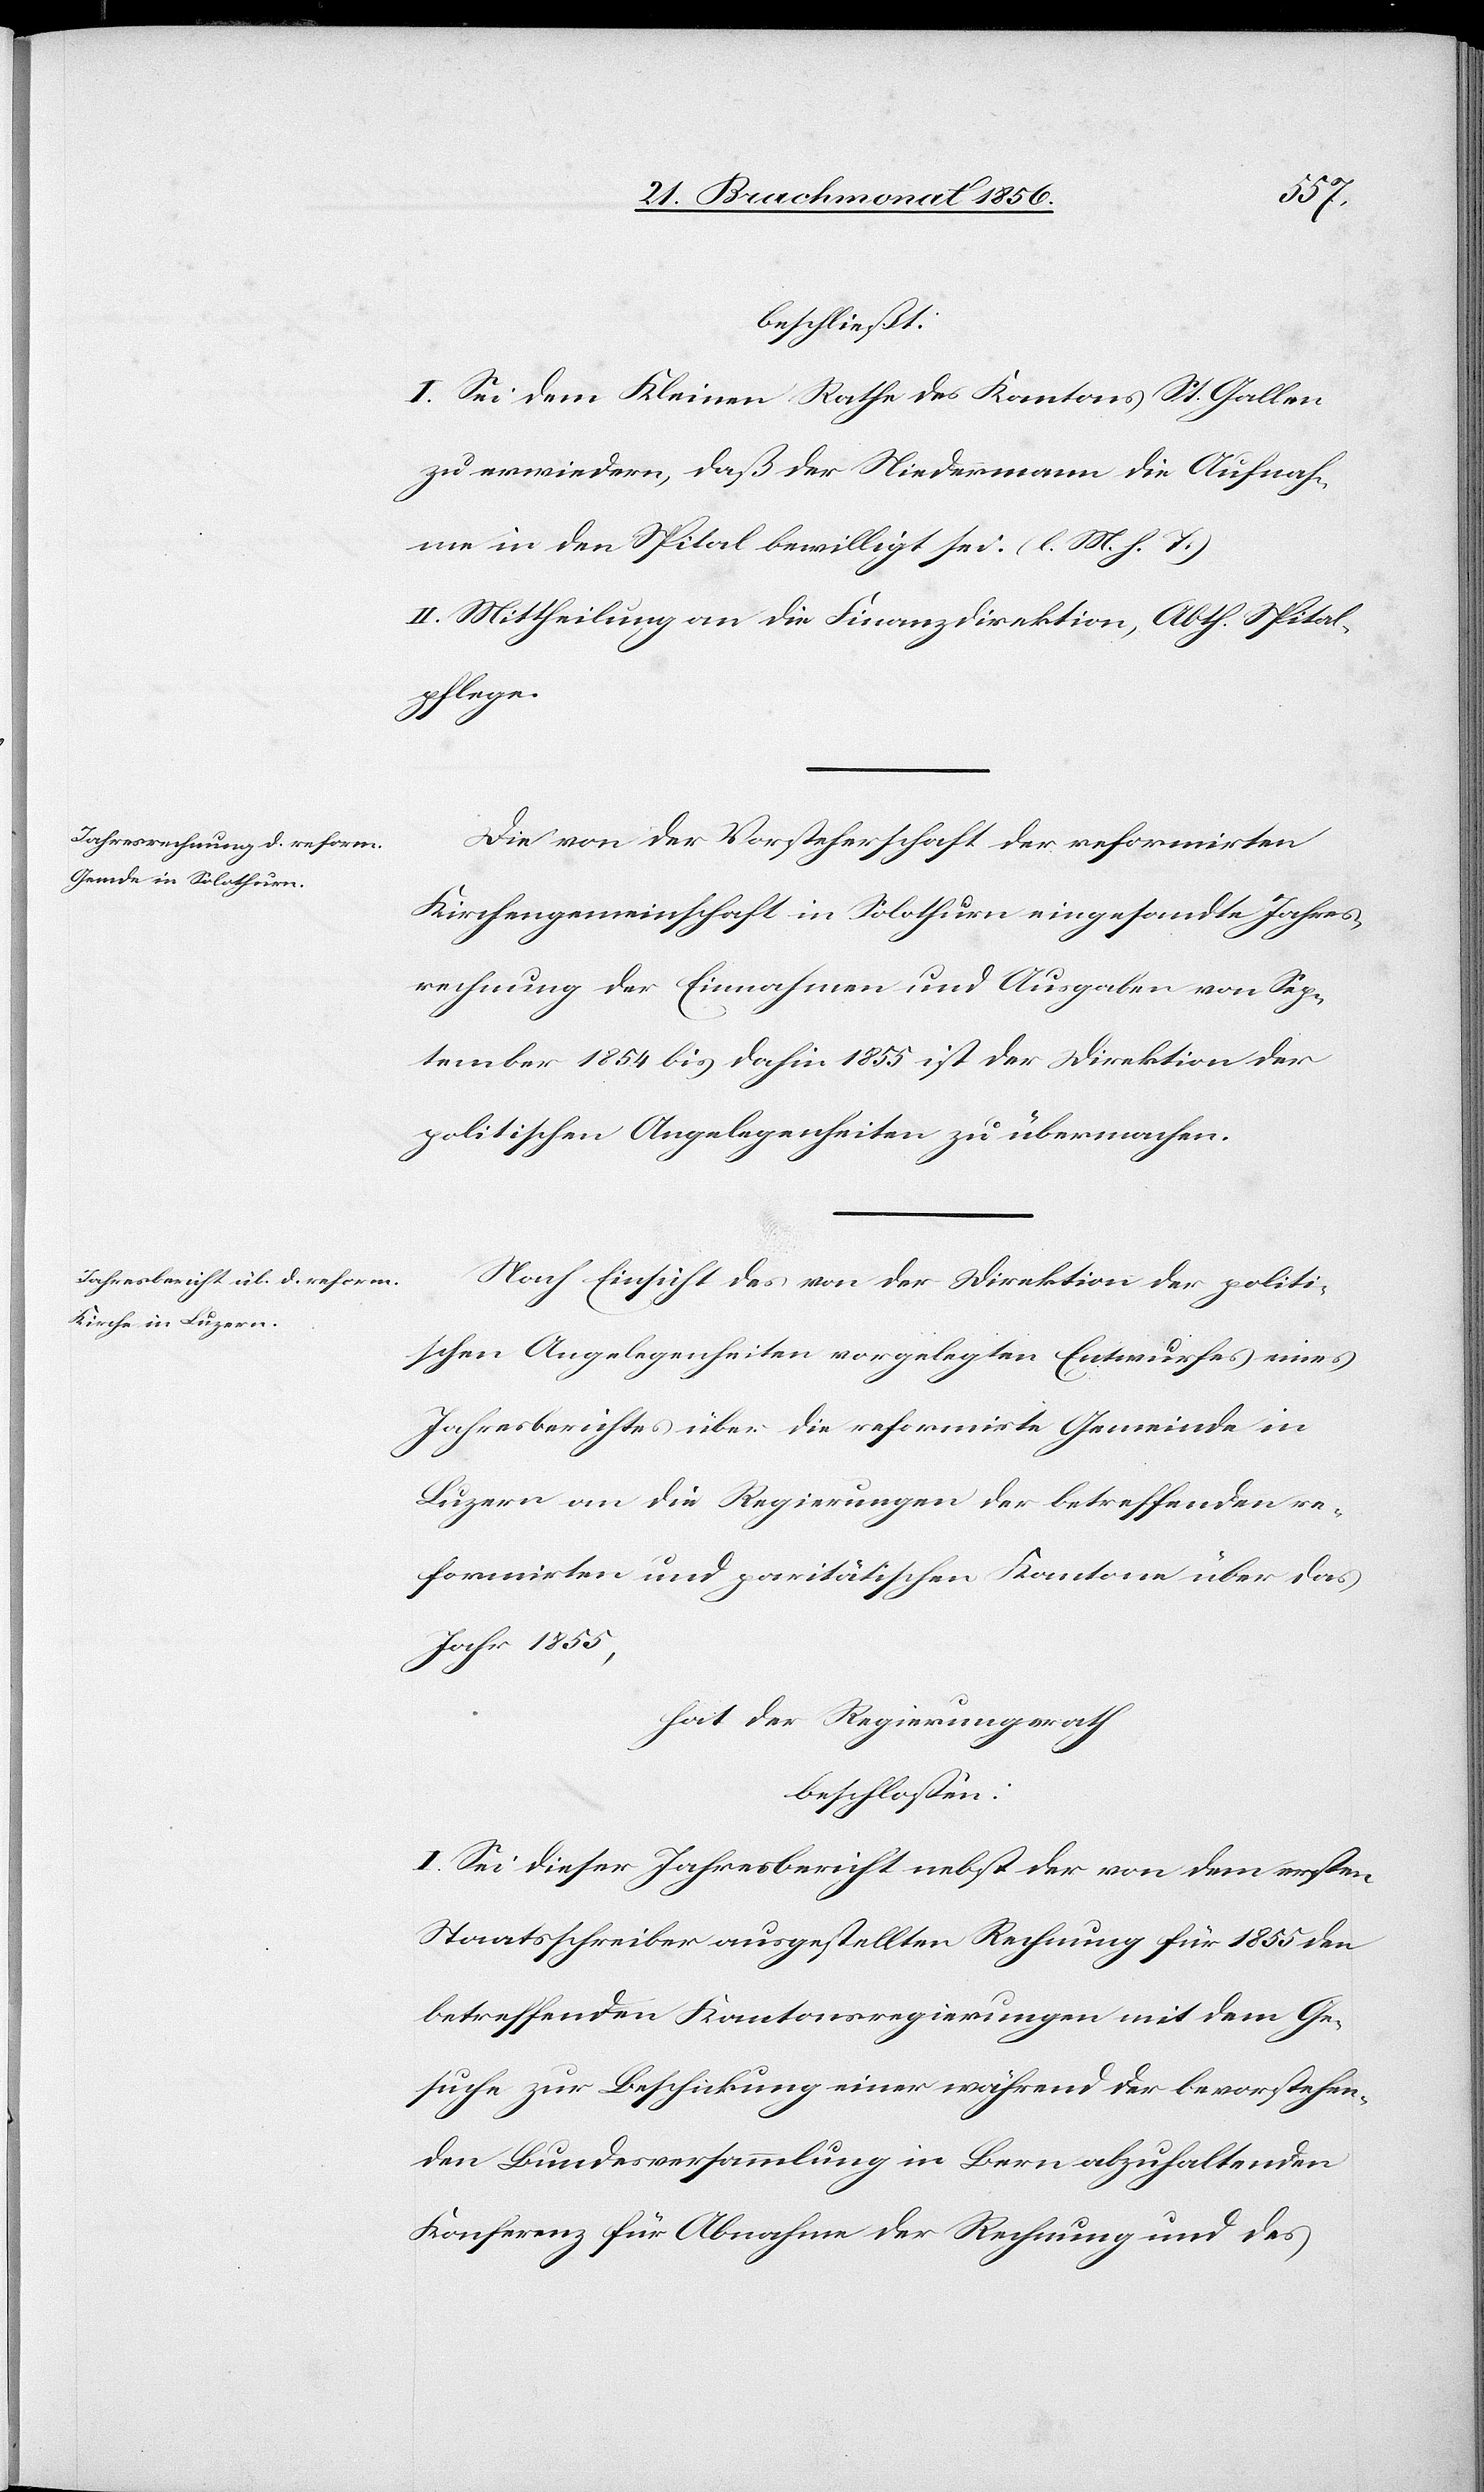
beschließt:
I. Sei dem Kleinen Rathe des Kantons St. Gallen
zu erwiedern, daß der Niedermann die Aufnah¬
me in den Spital bewilligt sei. (l. M. h. T.)
II. Mittheilung an die Finanzdirektion, Abth. Spital¬
pflege.
Die von der Vorsteherschaft der reformirten
Kirchengemeinschaft in Solothurn eingesandte Jahres¬
rechnung der Einnahmen und Ausgaben von Sep¬
tember 1854 bis dahin 1855 ist der Direktion der
politischen Angelegenheiten zu übermachen.
Nach Einsicht des von der Direktion der politi¬
schen Angelegenheiten vorgelegten Entwurfes eines
Jahresberichtes über die reformirte Gemeinde in
Luzern an die Regierungen der betreffenden re¬
formirten und paritätischen Kantone über das
Jahr 1855,
hat der Regierungsrath
beschlossen:
I. Sei dieser Jahresbericht nebst der von dem ersten
Staatsschreiber ausgestellten Rechnung für 1855 den
betreffenden Kantonsregierungen mit dem Ge¬
suche zur Beschickung einer während der bevorstehen¬
den Bundesversammlung in Bern abzuhaltenden
Konferenz für Abnahme der Rechnung und des